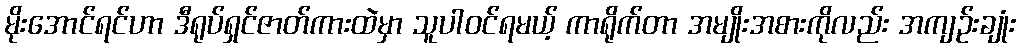
မိုးအောင်ရင်ဟာ ဒီရုပ်ရှင်ဇာတ်ကားထဲမှာ သူပါဝင်ရမယ့် ကာရိုက်တာ အမျိုးအစားကိုလည်း အကျဉ်းချုံး